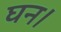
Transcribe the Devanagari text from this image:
घन।